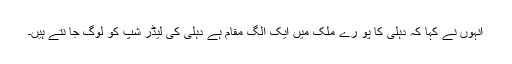
انہوں نے کہا کہ دہلی کا پو رے ملک میں ایک الگ مقام ہے دہلی کی لیڈر شپ کو لوگ جا نتے ہیں۔